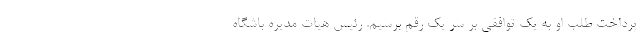
پرداخت طلب او به یک توافقی بر سر یک رقم برسیم. رئیس هیات مدیره باشگاه